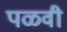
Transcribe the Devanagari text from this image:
पळवी